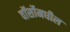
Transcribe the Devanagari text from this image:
वॉर्सोमधील